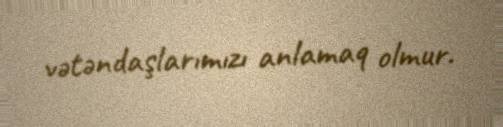
vətəndaşlarımızı anlamaq olmur.